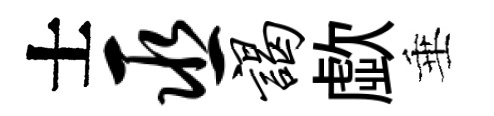
士巫谒歔垂